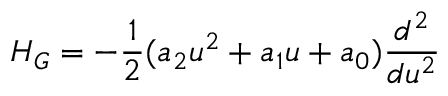
H _ { G } = - \frac { 1 } { 2 } ( a _ { 2 } u ^ { 2 } + a _ { 1 } u + a _ { 0 } ) \frac { d ^ { 2 } } { d u ^ { 2 } }